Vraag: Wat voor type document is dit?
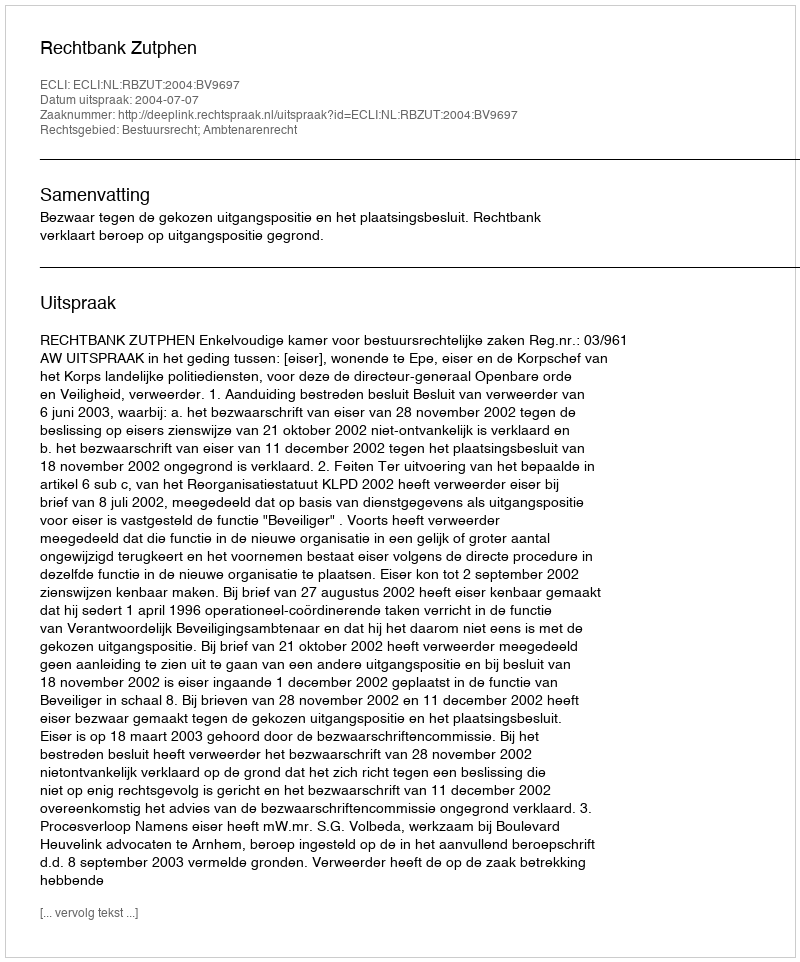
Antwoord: Uitspraak